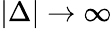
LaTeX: |\Delta|\to\infty